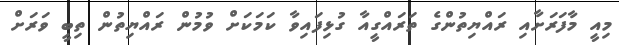
މިއީ މާފަރަށާއި ރައްޔިތުންގެ ތަރައްގީއާ ގުޅިފައިވާ ކަމަކަށް ވުމުން ރައްޔިތުން ތިބީ ވަރަށް